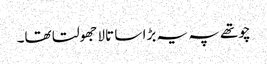
چوتھے پہ یہ بڑا سا تالا جھولتا تھا۔